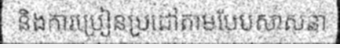
និងការប្រៀនប្រដៅតាមបែបសាសនា